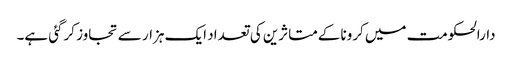
دارالحکومت میں کرونا کےمتاثرین کی تعداد ایک ہزار سے تجاوز کرگئی ہے۔